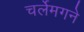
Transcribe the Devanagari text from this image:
चर्लेमगने